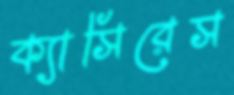
ক্যাসিরেস